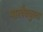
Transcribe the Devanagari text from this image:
पारवैद्युतता